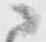
ニ